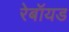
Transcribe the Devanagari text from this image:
रेबॉयड